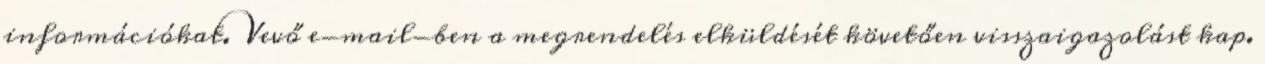
információkat. Vevő e-mail-ben a megrendelés elküldését követően visszaigazolást kap.